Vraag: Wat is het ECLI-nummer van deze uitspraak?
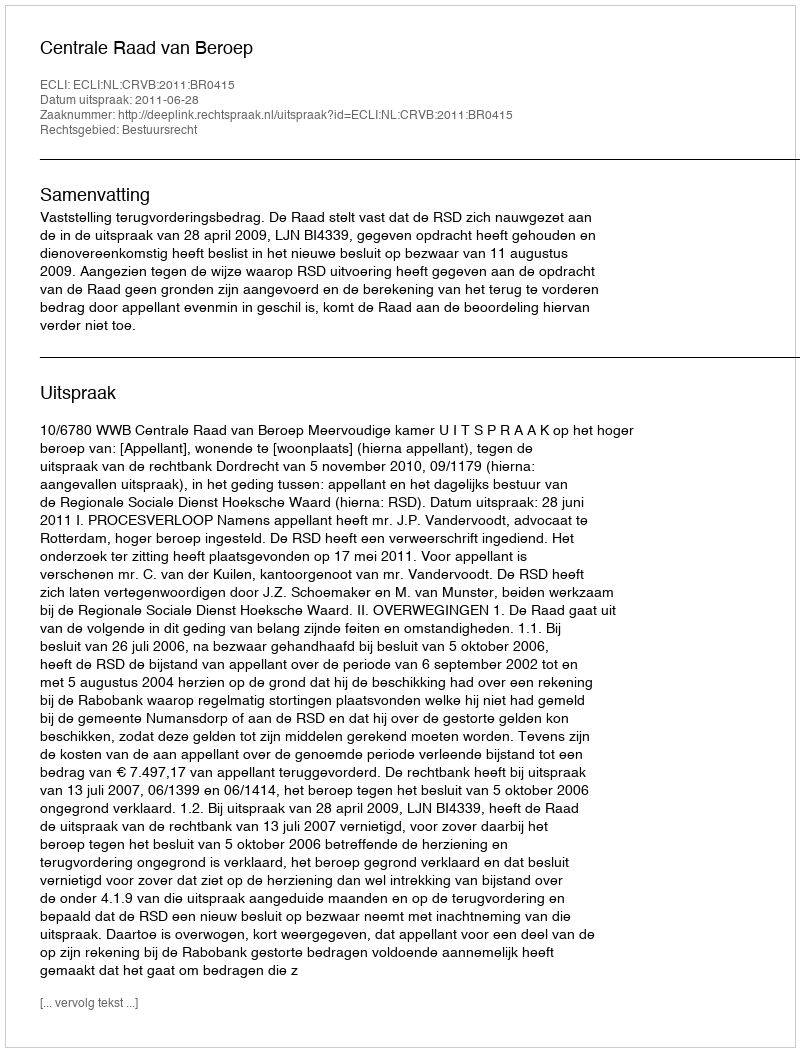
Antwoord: ECLI:NL:CRVB:2011:BR0415